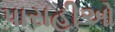
પારાહીઓ